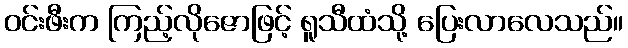
ဝင်းဖီးက ကြည့်လိုဇောဖြင့် ရူသီထံသို့ ပြေးလာလေသည်။